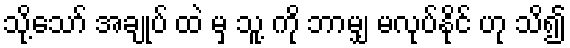
သို့သော် အချုပ် ထဲ မှ သူ့ ကို ဘာမျှ မလုပ်နိုင် ဟု သိ၍